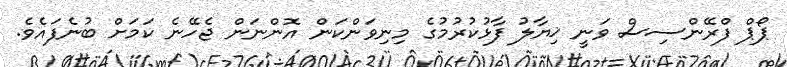
ޕޯޕް ފްރޭންސިސް ވަނީ ޚިޔާލު ފާޅުކުރުމުގެ މިނިވަންކަން އޮންނަން ޖެހޭނެ ކަމަށް ބުނެފައެވެ.